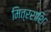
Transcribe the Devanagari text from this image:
मित्रराशि